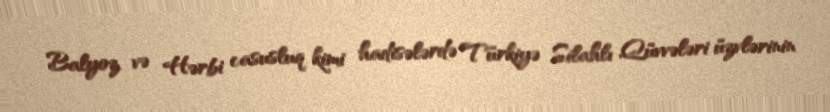
Balyoz və Hərbi casusluq kimi hadisələrdə Türkiyə Silahlı Qüvvələri üzvlərinin